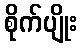
စိုက်ပျိုး